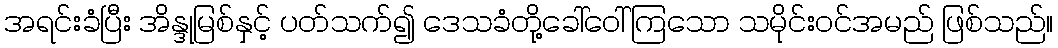
အရင်းခံပြီး အိန္ဒုမြစ်နှင့် ပတ်သက်၍ ဒေသခံတို့ခေါ်ဝေါ်ကြသော သမိုင်းဝင်အမည် ဖြစ်သည်။